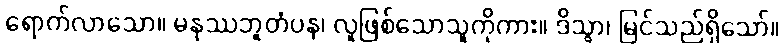
ရောက်လာသော။ မနုဿဘူတံပန၊ လူဖြစ်သောသူကိုကား။ ဒိသွာ၊ မြင်သည်ရှိသော်။